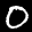
Label: 0